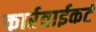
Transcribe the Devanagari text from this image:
कार्रवाईकर्ट